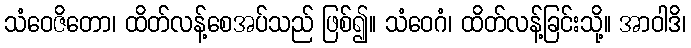
သံဝေဇိတော၊ ထိတ်လန့်စေအပ်သည် ဖြစ်၍။ သံဝေဂံ၊ ထိတ်လန့်ခြင်းသို့။ အာဝါဒိ၊